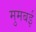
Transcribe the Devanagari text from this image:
मुमबई